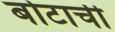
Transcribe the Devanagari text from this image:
बोटाची